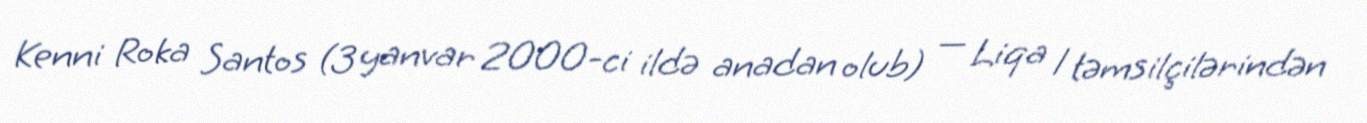
Kenni Roka Santos (3 yanvar 2000-ci ildə anadan olub) — Liqa 1 təmsilçilərindən